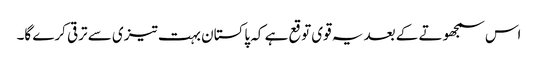
اس سمجھوتے کے بعد یہ قوی توقع ہے کہ پاکستان بہت تیزی سے ترقی کرے گا۔